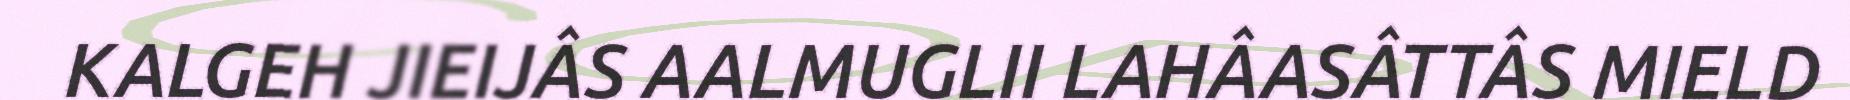
KALGEH JIEIJÂS AALMUGLII LAHÂASÂTTÂS MIELD